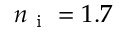
n _ { \mathrm { ~ i ~ } } = 1 . 7